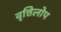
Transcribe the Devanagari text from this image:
वृत्तिलोप